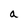
Character: a